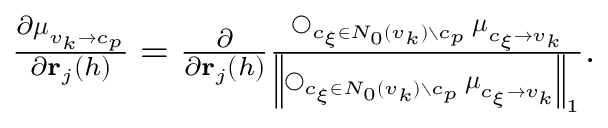
\begin{array} { r l } & { \frac { \partial \boldsymbol { \mu } _ { v _ { k } \to c _ { p } } } { \partial \ensuremath { \mathbf { r } } _ { j } ( h ) } = \frac { \partial } { \partial \ensuremath { \mathbf { r } } _ { j } ( h ) } \frac { \operatorname * { \bigcirc } _ { c _ { \xi } \in N _ { 0 } ( v _ { k } ) \setminus c _ { p } } \boldsymbol { \mu } _ { c _ { \xi } \to v _ { k } } } { \left\| \operatorname * { \bigcirc } _ { c _ { \xi } \in N _ { 0 } ( v _ { k } ) \setminus c _ { p } } \boldsymbol { \mu } _ { c _ { \xi } \to v _ { k } } \right\| _ { 1 } } . } \end{array}